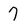
Character: 7